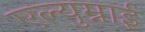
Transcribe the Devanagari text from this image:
एल्युम्नाई